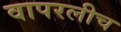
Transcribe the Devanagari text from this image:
वापरलीच